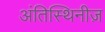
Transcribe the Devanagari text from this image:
अंतिस्थिनीज़